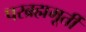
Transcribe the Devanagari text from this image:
परब्रह्ममूर्ती